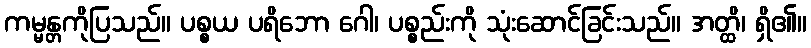
ကမ္မန္တကိုပြသည်။ ပစ္စယ ပရိဘော ဂေါ၊ ပစ္စည်းကို သုံးဆောင်ခြင်းသည်။ အတ္ထိ၊ ရှိ၏။